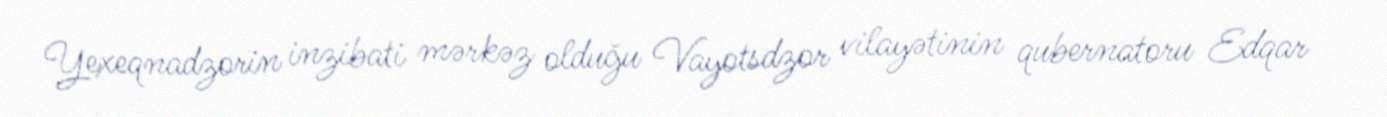
Yexeqnadzorin inzibati mərkəz olduğu Vayotsdzor vilayətinin qubernatoru Edqar